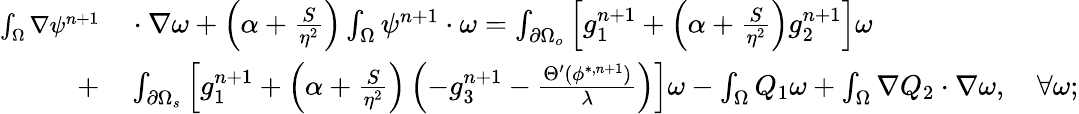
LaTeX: \begin{array}{rl}{\small\int_{\Omega}\nabla\psi^{n+1}}&{{}\cdot\nabla\omega+\left(\alpha+\frac{S}{\eta^{2}}\right)\int_{\Omega}\psi^{n+1}\cdot\omega=\int_{\partial\Omega_{o}}\left[g_{1}^{n+1}+\left(\alpha+\frac{S}{\eta^{2}}\right)g_{2}^{n+1}\right]\omega}\\ {+}&{{}\int_{\partial\Omega_{s}}\left[g_{1}^{n+1}+\left(\alpha+\frac{S}{\eta^{2}}\right)\left(-g_{3}^{n+1}-\frac{\Theta^{\prime}(\phi^{*,n+1})}{\lambda}\right)\right]\omega-\int_{\Omega}Q_{1}\omega+\int_{\Omega}\nabla Q_{2}\cdot\nabla\omega,\quad\forall\omega;}\end{array}